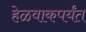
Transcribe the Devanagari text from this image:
हेळवाकपर्यंत